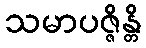
သမာပဇ္ဇိန္တိ